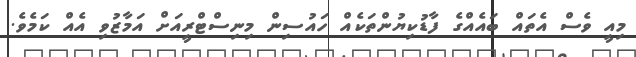
މިއީ ވެސް އެތައް ބައެއްގެ ފާޑުކިޔުންތަކެއް ހައުސިން މިނިސްޓްރީއަށް އަމާޒުވި އެއް ކަމެވެ.